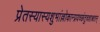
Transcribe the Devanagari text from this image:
प्रेतस्यास्यशुभांल्लोकान्प्रयच्छंतुचशाश्वतान्